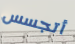
أتجسس